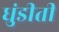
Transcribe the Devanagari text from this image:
धुंडीती